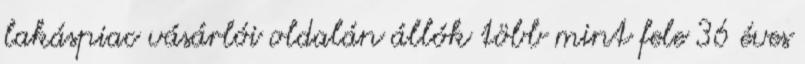
lakáspiac vásárlói oldalán állók több mint fele 36 éves